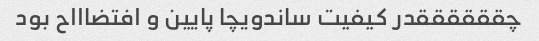
چققققققدر کیفیت ساندویچا پایین و افتضاااح بود